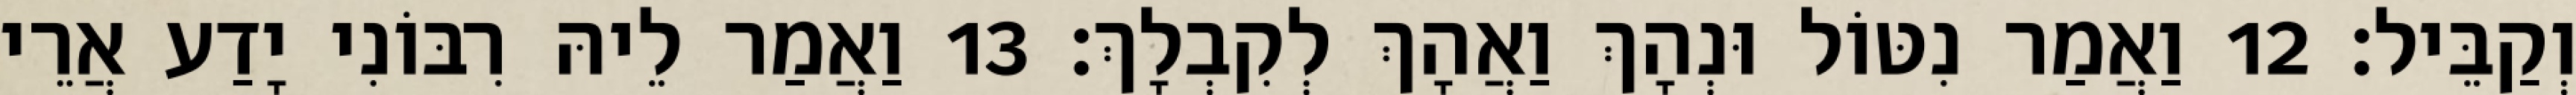
וְקַבֵּיל׃ 12 וַאֲמַר נִטּוֹל וּנְהָךְ וַאֲהָךְ לְקִבְלָךְ׃ 13 וַאֲמַר לֵיהּ רִבּוֹנִי יָדַע אֲרֵי